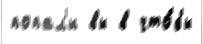
попал'и вы в что́бы